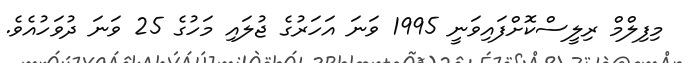
މިފިލްމް ރިލީސްކޮށްފައިވަނީ 1995 ވަނަ އަހަރުގެ ޖުލައި މަހުގެ 25 ވަނަ ދުވަހުއެވެ.